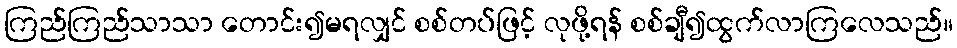
ကြည်ကြည်သာသာ တောင်း၍မရလျှင် စစ်တပ်ဖြင့် လုဖို့ရန် စစ်ချီ၍ထွက်လာကြလေသည်။